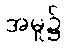
အမှု၌